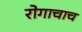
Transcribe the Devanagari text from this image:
रोगाचाच